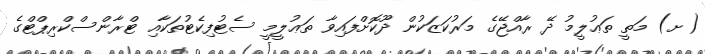
(ށ) މަތީ ތަޢުލީމު ދޭ ރާއްޖޭގެ މަރުކަޒަކުން ދޫކޮށްފައިވާ ތަޢުލީމީ ސެޓުފިކެޓުތަކާއި ޓްރާންސްކްރިޕްޓްގެ